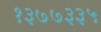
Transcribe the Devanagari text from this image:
१३७७३३५